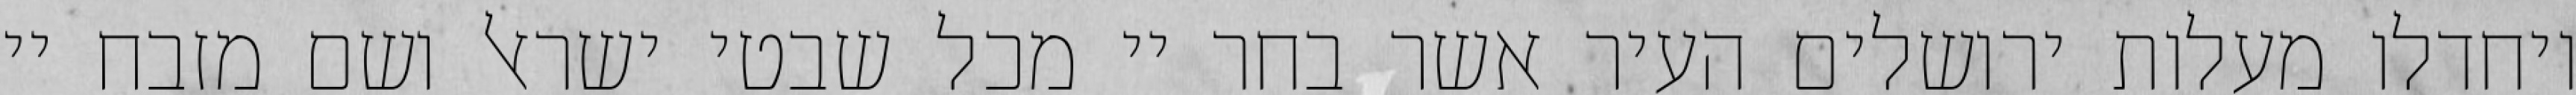
ויחדלו מעלות ירושלים העיר אשר בחר יי מכל שבטי ישראל ושם מזבח יי